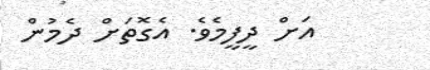
އަށް ދީފީމެވެ. އެގޮތަށް ދެމުން